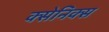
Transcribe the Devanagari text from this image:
क्सेनिक्स